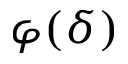
\varphi ( \delta )